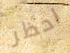
احظر